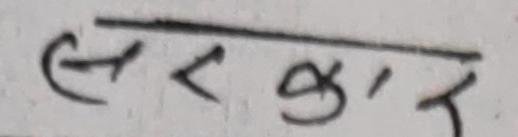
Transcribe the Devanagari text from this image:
सरकार